King Institute of Preventive Medicine Micro-Biological Section reports 1909-11
Year: 1909
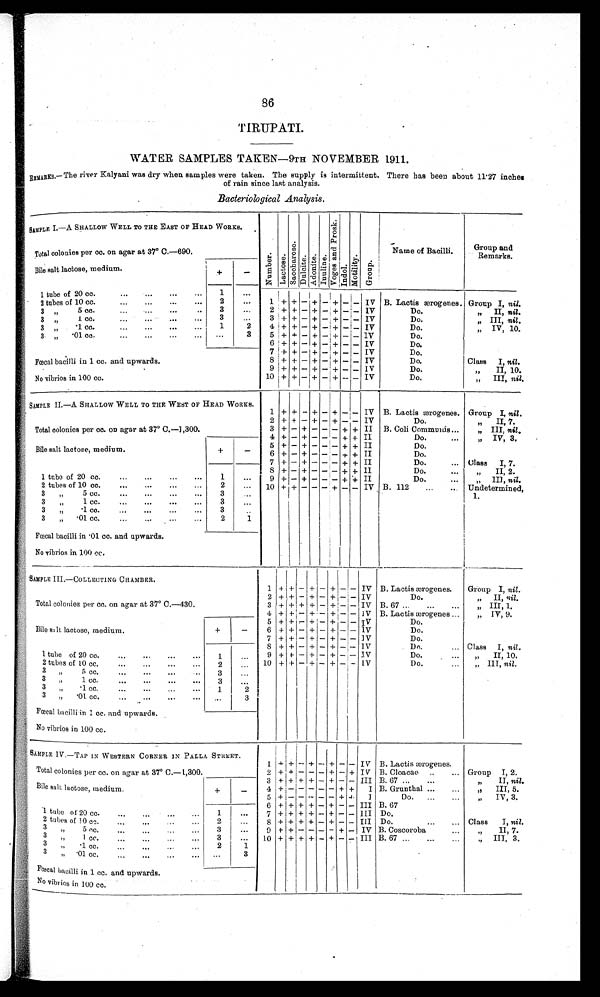
86
TIRUPATI.
WATER SAMPLES TAKEN—9TH NOVEMBER 1911.
REMARKS.—The river Kalyani was dry when samples were taken. The supply is intermittent. There has been about 11.27 inches
of rain since last analysis.
Bacteriological Analysis.
SAMPLE I.—A SHALLOW WELL TO THE EAST OF HEAD WORKS.
N u m b e r . L a c t o s e . S a c c h a r o s e . D u l c i t e A d o n i t e .
I n u l i n e .
V o g e s a n d P r o s k .
Indol.
M o t i l i t y . G r o u p .
Name of Bacilli.
Group and
Remarks.
Total colonies per cc. on agar at 37° C.—690.
Bile salt lactose, medium.
+
-
1 tube of 20 cc. . .
1
. . .
1 + + - + - +
- - IV B. Lactis ærogenes. Group I, nil.
2 tubes of 10 cc. . .
2
. . .
3 ", 5 cc. . . .
3
. . .
2 + + - + - + - - IV
Do.
"
II, nil.
3 " .1 cc. . . .
3
. . .
3 + + - + --+ +-
IV
Do.
" III, nill.
3 "
1 cc.
1
2
4 + + - + - -+ + - IV
Do.
" IV, 10.
3 "
01 cc. . . .
. . .
3 5 + + +- - + - + - - IV
Do.
6 + + - + - + - - IV
Do.
7 + + - + - + - - IV
Do.
Fœcal bacilli in 1 cc. and upwards.
8 + + + - + - + - - IV
Do.
Class I, nil.
9 + + - + - + - - IV
Do.
"
II, 10.
No vibrios in 100 cc.
10 + + - + -
+ - - IV
Do.
" III, nil.
SAMPLE II.—A SHALLOW WELL TO THE WEST OF HEAD WORKS.
1 + + - + - + - - IV B. Lactis ærogenes. Group I, nil .
2 + + - + - + - - IV
" II, 7.
Do.
Total colonies per cc. on agar at 37° C.—1,300.
3 + - + - - - + + II B. Coli Communis. . .
" III, nil.
4 + - + - - -
+ + II
Do. . . .
" IV, 3.
Bile salt lactose, medium.
+
-
5 + - + - - - + + II
Do.
6 + - + - - - + + II
Do.
1
. . .
7 + - + - - - + + II
Do. . . Class I, 7.
8 + - + - - + + II
Do.
" I I , 2 .
1 tube of 20 cc. . . .
9 + - + - - - + + II
Do.
III, nil.
2 tubes of 10 cc. . . .
2
. . .
10 + + - - - + - - IV B. 112 . . .
Undetermined, 1.
3 " 5 cc. . . .
3
. . .
3 " 1 cc . . .
3
. . .
"
3
1cc. . .
3
. . .
3
"
01 cc. . .
2
1
Fœcal bacilli in .01 cc. and upwards.
No vibrios in 100 cc.
SAMPLE III.—COLLECTING CHAMBER.
T o t a l c o l o n i e s p e r c c . o n a g a r a t 3 7° C . — 4 3 0 .
1 + + - + - + -
- IV B, Lactis ærogenes.
Group I, nil.
2 + +
- + - +
- IV
Do.
"
II, nil.
3 + + + + - +
- IV B. 67 . . .
" III, 1.
4 + +
- + - +
--- - IV B. Lactis ærogenes . . .
" IV, 9.
+
-
5 + +
+ - + - - IV
Do.
Bile salt lactose, medium.
6 + + - + - + - -
IV
Do.
7 + +
- - + -
-+ -- - - IV
Do.
8 + + - + - + - - IV
Dn. . . Class I, nil.
1 tube of 20 cc. . .
1
. . .
9 +
+ - + - +
-
- IV
Do.
"
II, 10.
2 tubes of 10 cc.
2
. . . 10 + + - + - + - - IV
Do.
" IIT, nil .
3 " 5 cc.
. . .
3
. . .
3
"
1 cc. . . .
3
"
1 cc. . . .
1
2
3 "
01 cc. . . .
. . .
3
Fœcal bacilli in 1 cc. and upwards.
No vibrios in 100 cc.
SAMPLE IV.—TAP IN WESTERN CORNER IN PALLA STREET.
1
+ - + -- + -
- IV B. Lactis ærogenes.
Total colonies per cc. on agar at 37° C.—1,300.
2 + + - - - + - + IV
Group I, 2.
B. Cloacae . . .
B. 67 . . .
,,
II, nil.
Bile salt lactose, medium.
+
-
3 +
+ + - + - - III
4 + ' - - - - + +
I B. Grunthal . .
,,
III, 5.
5 + - - - - - + +
I
Do. . .
"
IV, 3.
6 + +
+ + - +
- -
III B. 67
I tube of 20 cc. . . .
1
. . .
7 + + + + - + - - III Do.
Class
I, nil.
2 tubes of 10cc. . . .
2
. . .
8 + + + + - + - - III Do. . .
B. Coscoroba
3
"
5 cc. . . .
3
. . .
9 + + - - - - + - IV
II, 7.
B. 67 . . .
3
"
1 cc. . . .
3
. . .
1 0 + + + + - + - - III
" III, 3.
3
"
.1 cc. . . .
2
1
3 "
0 1 c c . . . .
3
Fœcal bacilli in 1 cc. and upwards.
No vibrios in 100 cc.